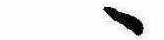
ゝ